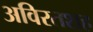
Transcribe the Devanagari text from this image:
अविरतशह